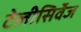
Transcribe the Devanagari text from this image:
टेलीसिर्वेज